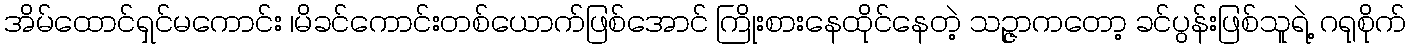
အိမ်ထောင်ရှင်မကောင်း ၊မိခင်ကောင်းတစ်ယောက်ဖြစ်အောင် ကြိုးစားနေထိုင်နေတဲ့ သဉ္ဇာကတော့ ခင်ပွန်းဖြစ်သူရဲ့ ဂရုစိုက်